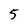
Character: 5